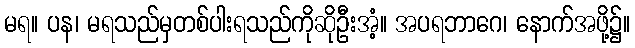
မရ။ ပန၊ မရသည်မှတစ်ပါးရသည်ကိုဆိုဦးအံ့။ အပရဘာဂေ၊ နောက်အဖို့၌။